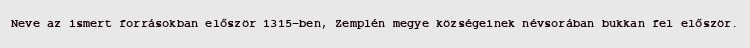
Neve az ismert forrásokban először 1315-ben, Zemplén megye községeinek névsorában bukkan fel először.